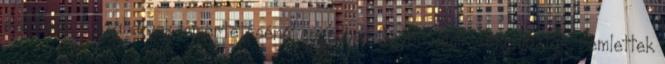
szólítsák A szabályok ismertetésénél csendben figyelt, amik elhangoztak, rémlettek